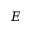
E